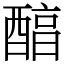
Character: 醕